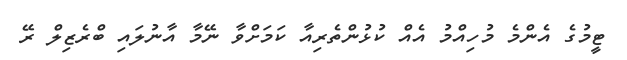
ޓީމުގެ އެންމެ މުހިއްމު އެއް ކުޅުންތެރިއާ ކަމަށްވާ ނޭމާ އާނުލައި ބްރެޒިލް ރޭ